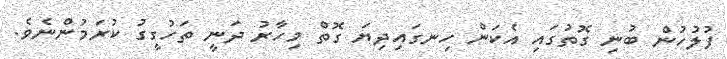
ފުލުހުން ބުނި ގޮތުގައި އެކަން ހިނގައިދިޔަ ގޮތް މިހާރު ދަނީ ތަހުގީގު ކުރަމުންނެވެ.